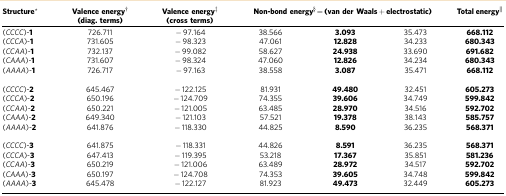
<table><thead><tr><td><b>Structure*</b></td><td><b>Valence energy† (diag. terms)</b></td><td><b>Valence energy‡ (cross terms)</b></td><td colspan="3"><b>Non-bond energy§=(van der Waals+electrostatic)</b></td><td><b>Total energy||</b></td></tr></thead><tbody><tr><td>(<i>CCCC</i>)-<b>1</b></td><td>726.711</td><td>−97.164</td><td>38.566</td><td><b>3.093</b></td><td>35.473</td><td><b>668.112</b></td></tr><tr><td>(<i>CCCA</i>)-<b>1</b></td><td>731.605</td><td>−98.323</td><td>47.061</td><td><b>12.828</b></td><td>34.233</td><td><b>680.343</b></td></tr><tr><td>(<i>CCAA</i>)-<b>1</b></td><td>732.137</td><td>−99.082</td><td>58.627</td><td><b>24.938</b></td><td>33.690</td><td><b>691.682</b></td></tr><tr><td>(<i>CAAA</i>)-<b>1</b></td><td>731.607</td><td>−98.324</td><td>47.060</td><td><b>12.826</b></td><td>34.234</td><td><b>680.343</b></td></tr><tr><td>(<i>AAAA</i>)-<b>1</b></td><td>726.717</td><td>−97.163</td><td>38.558</td><td><b>3.087</b></td><td>35.471</td><td><b>668.112</b></td></tr><tr><td> </td><td> </td><td> </td><td> </td><td> </td><td> </td><td> </td></tr><tr><td>(<i>CCCC</i>)-<b>2</b></td><td>645.467</td><td>−122.125</td><td>81.931</td><td><b>49.480</b></td><td>32.451</td><td><b>605.273</b></td></tr><tr><td>(<i>CCCA</i>)-<b>2</b></td><td>650.196</td><td>−124.709</td><td>74.355</td><td><b>39.606</b></td><td>34.749</td><td><b>599.842</b></td></tr><tr><td>(<i>CCAA</i>)-<b>2</b></td><td>650.221</td><td>−121.005</td><td>63.485</td><td><b>28.970</b></td><td>34.516</td><td><b>592.702</b></td></tr><tr><td>(<i>CAAA</i>)-<b>2</b></td><td>649.340</td><td>−121.103</td><td>57.521</td><td><b>19.378</b></td><td>38.143</td><td><b>585.757</b></td></tr><tr><td>(<i>AAAA</i>)-<b>2</b></td><td>641.876</td><td>−118.330</td><td>44.825</td><td><b>8.590</b></td><td>36.235</td><td><b>568.371</b></td></tr><tr><td> </td><td> </td><td> </td><td> </td><td> </td><td> </td><td> </td></tr><tr><td>(<i>CCCC</i>)-<b>3</b></td><td>641.875</td><td>−118.331</td><td>44.826</td><td><b>8.591</b></td><td>36.235</td><td><b>568.371</b></td></tr><tr><td>(<i>CCCA</i>)-<b>3</b></td><td>647.413</td><td>−119.395</td><td>53.218</td><td><b>17.367</b></td><td>35.851</td><td><b>581.236</b></td></tr><tr><td>(<i>CCAA</i>)-<b>3</b></td><td>650.219</td><td>−121.006</td><td>63.489</td><td><b>28.972</b></td><td>34.517</td><td><b>592.702</b></td></tr><tr><td>(<i>CAAA</i>)-<b>3</b></td><td>650.197</td><td>−124.708</td><td>74.353</td><td><b>39.605</b></td><td>34.748</td><td><b>599.842</b></td></tr><tr><td>(<i>AAAA</i>)-<b>3</b></td><td>645.478</td><td>−122.127</td><td>81.923</td><td><b>49.473</b></td><td>32.449</td><td><b>605.273</b></td></tr></tbody></table>